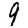
Digit: 9